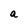
Character: a